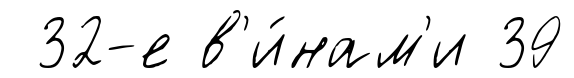
32-е в'и́нам'и 39